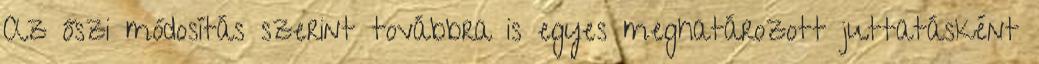
Az őszi módosítás szerint továbbra is egyes meghatározott juttatásként